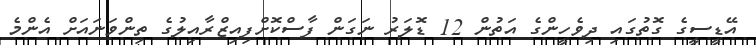
އޭޑީސީގެ ގޮތުގައި ދިވެހީންގެ އަތުން 12 ޑޮލަރު ނަގަން ފާސްކޮށްފިއިޒްރާއިލުގެ ތިންވަނައަށް އެންމެ